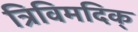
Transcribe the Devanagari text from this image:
त्रिविमदिक्